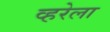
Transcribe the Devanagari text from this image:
व्हरेला